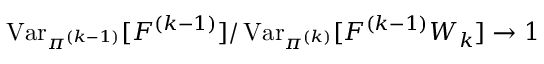
\operatorname { V a r } _ { \pi ^ { ( k - 1 ) } } [ F ^ { ( k - 1 ) } ] / \operatorname { V a r } _ { \pi ^ { ( k ) } } [ F ^ { ( k - 1 ) } W _ { k } ] \to 1